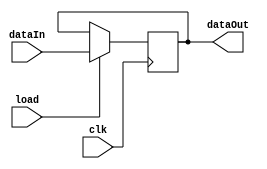
// Grupo 5
// Nomes:
// Thaylor Hugo - 13684425 
// Felipe Soria - 13864287
// Alejandro Larrea - 13791522  

// Modulo de um registrador unico
module registrador #(
    parameter BITS = 63
    )(
    input clk,
    input load,
    input [BITS:0] dataIn,
    output [BITS:0] dataOut
);

reg [BITS:0] data;

initial begin
    data = 0;
end

always @(posedge clk) begin
    if (load == 1) begin
        data <= dataIn;
    end
end

assign dataOut = data;

endmodule